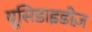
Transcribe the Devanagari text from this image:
यूसिडाइडीज़